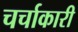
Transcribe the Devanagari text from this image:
चर्चाकारी